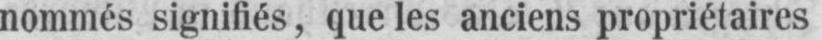
nommés signifiés, nue les anciens propriétaires